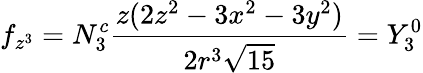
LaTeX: f_{z^{3}}=N_{3}^{c}{\frac{z(2z^{2}-3x^{2}-3y^{2})}{2r^{3}{\sqrt{15}}}}=Y_{3}^{0}